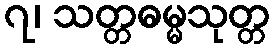
၇၊ သတ္တဓမ္မသုတ္တ